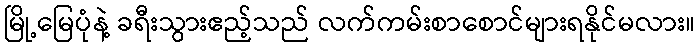
မြို့မြေပုံနဲ့ ခရီးသွားဧည့်သည် လက်ကမ်းစာစောင်များရနိုင်မလား။